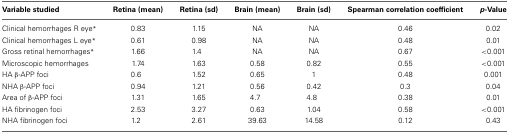
<table><thead><tr><td><b>Variable studied</b></td><td><b>Retina (mean)</b></td><td><b>Retina (sd)</b></td><td><b>Brain (mean)</b></td><td><b>Brain (sd)</b></td><td><b>Spearman correlation coefficient</b></td><td><b><i>p</i>-Value</b></td></tr></thead><tbody><tr><td>Clinical hemorrhages R eye<sup>*</sup></td><td>0.83</td><td>1.15</td><td>NA</td><td>NA</td><td>0.46</td><td>0.02</td></tr><tr><td>Clinical hemorrhages L eye<sup>*</sup></td><td>0.61</td><td>0.98</td><td>NA</td><td>NA</td><td>0.48</td><td>0.01</td></tr><tr><td>Gross retinal hemorrhages<sup>*</sup></td><td>1.66</td><td>1.4</td><td>NA</td><td>NA</td><td>0.67</td><td>&lt;0.001</td></tr><tr><td>Microscopic hemorrhages</td><td>1.74</td><td>1.63</td><td>0.58</td><td>0.82</td><td>0.55</td><td>&lt;0.001</td></tr><tr><td>HA β-APP foci</td><td>0.6</td><td>1.52</td><td>0.65</td><td>1</td><td>0.48</td><td>0.001</td></tr><tr><td>NHA β-APP foci</td><td>0.94</td><td>1.21</td><td>0.56</td><td>0.42</td><td>0.3</td><td>0.04</td></tr><tr><td>Area of β-APP foci</td><td>1.31</td><td>1.65</td><td>4.7</td><td>4.8</td><td>0.38</td><td>0.01</td></tr><tr><td>HA fibrinogen foci</td><td>2.53</td><td>3.27</td><td>0.63</td><td>1.04</td><td>0.58</td><td>&lt;0.001</td></tr><tr><td>NHA fibrinogen foci</td><td>1.2</td><td>2.61</td><td>39.63</td><td>14.58</td><td>0.12</td><td>0.43</td></tr></tbody></table>